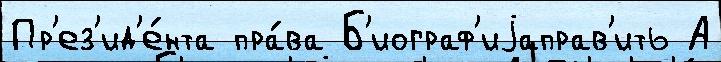
Пр'ез'ид'е́нта пра́ва Б'иограф'иjаправ'ить А